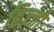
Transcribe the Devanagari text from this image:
हिज्जो